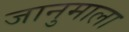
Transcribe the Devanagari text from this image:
जानुमाला